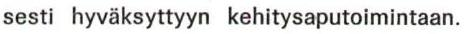
sesti hyväksyttyyn kehitysaputoimintaan.